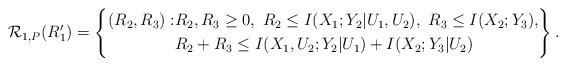
LaTeX: \begin{align*} \mathcal{R}_{1,P}(R_1')= \left\{\begin{aligned} (R_2,R_3): & R_2,R_3\geq 0,\ R_2\leq I(X_1;Y_2|U_1,U_2),\ R_3\leq I(X_2;Y_3), \\ &R_2+R_3\leq I(X_1,U_2;Y_2|U_1)+I(X_2;Y_3|U_2) \end{aligned}\right\}.\end{align*}